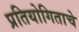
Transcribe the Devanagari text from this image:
प्रतियोगिताचे